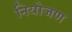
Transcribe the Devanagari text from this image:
नियोजण